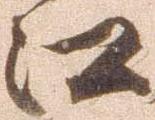
江